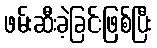
ဖမ်းဆီးခဲ့ခြင်းဖြစ်ပြီး